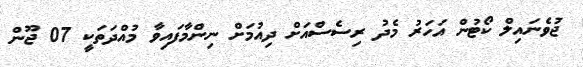
ޖުވެނައިލް ކޯޓުން އަހަރު މެދު ރިސެސްއަށް ދިއުމަށް ނިންމާފައިވާ މުއްދަތަކީ 07 ޖޫން